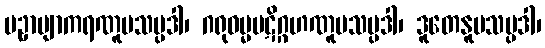
ပဥှာဗျာကရဏူပသမ္ပဒါ၊ ဂရုဓမ္မပဋိဂ္ဂဟဏူပသမ္ပဒါ၊ ဒူတေနူပသမ္ပဒါ၊